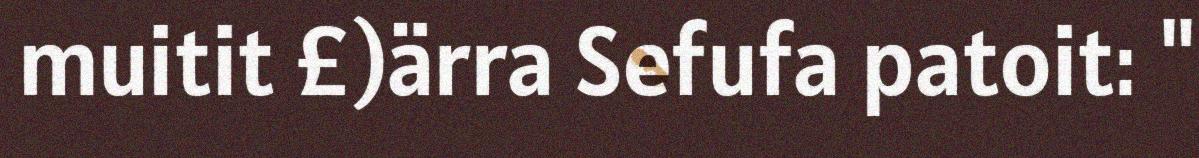
muitit £)ärra Sefufa patoit: "